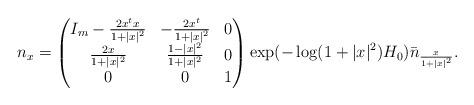
LaTeX: \begin{align*}n_{x}=\begin{pmatrix}I_{m}-\frac{2x^{t}x}{1+|x|^2}&-\frac{2x^{t}}{1+|x|^2}&0\\\frac{2x}{1+|x|^2}&\frac{1-|x|^2}{1+|x|^2}&0\\0&0&1\\\end{pmatrix}\exp(-\log(1+|x|^2)H_{0})\bar{n}_{\frac{x}{1+|x|^2}}.\end{align*}